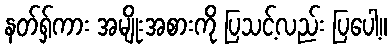
နတ်ရှ်ကား အမျိုးအစားကို ပြသင့်လည်း ပြပေါ့။